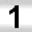
Digit: 1